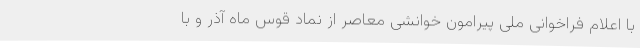
با اعلام فراخوانی ملی پیرامون خوانشی معاصر از نماد قوس ماه آذر و با